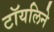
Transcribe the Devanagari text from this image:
टॉयलिने